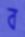
ব